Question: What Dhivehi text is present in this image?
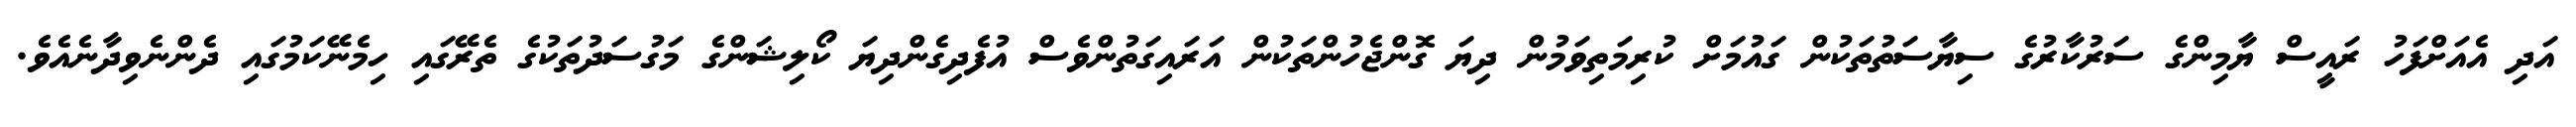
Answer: އަދި އެއަށްފަހު ރައީސް ޔާމިންގެ ސަރުކާރުގެ ސިޔާސަތުތަކުން ގައުމަށް ކުރިމަތިވަމުން ދިޔަ ގޮންޖެހުންތަކުން އަރައިގަތުންވެސް އުފެދިގެންދިޔަ ކޯލިޝަންގެ މަގުސަދުތަކުގެ ތެރޭގައި ހިމެނޭކަމުގައި ދެންނެވިދާނެއެވެ.